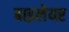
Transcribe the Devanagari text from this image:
बाइलेयर